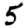
Digit: 5